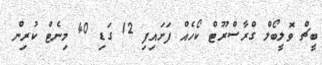
ބީޗް ވޮލީބޯލް ގްރާސްރޫޓް ކޯހެއް ފަށައިފި 12 ގަޑި 40 މިނެޓް ކުރިން